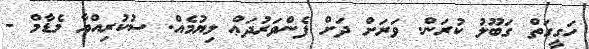
ހަގީގަތް ގަބޫލު ކުރަން. ވަރަށް ދަށް ފެންވަރުދަޢް ލިޔުމެއް. ސުކުރިއްޔާ މެޑާމް -